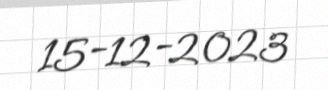
15-12-2023